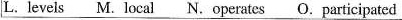
L. levels M. local N.operates O. participated